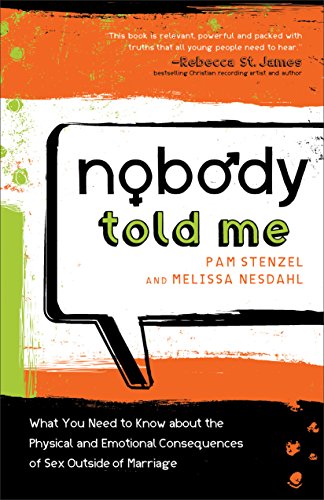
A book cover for Nobody Told Me: What You Need to Know About the Physical and Emotional Consequences of Sex Outside of Marriage; Pam Stenzel; Teen & Young Adult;